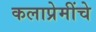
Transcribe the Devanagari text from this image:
कलाप्रेमींचे